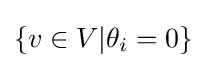
\{v\in V|\theta _{i}=0\}